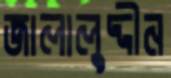
জালালুদ্দীন